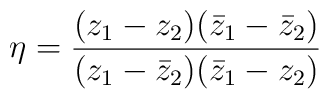
\eta=\frac{(z_{1}-z_{2})(\bar{z}_{1}-\bar{z}_{2})}{(z_{1}-\bar{z}_{2})(\bar{z}_{1}-z_{2})}